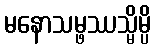
မနောသမ္ဖဿသ္မိမ္ပိ